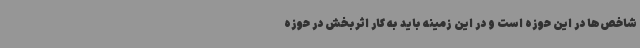
شاخص‌ها در این حوزه است و در این زمینه باید به کار اثربخش در حوزه